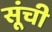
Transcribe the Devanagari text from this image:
सूंची